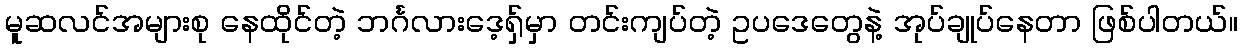
မူဆလင်အများစု နေထိုင်တဲ့ ဘင်္ဂလားဒေ့ရှ်မှာ တင်းကျပ်တဲ့ ဥပဒေတွေနဲ့ အုပ်ချုပ်နေတာ ဖြစ်ပါတယ်။